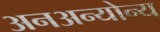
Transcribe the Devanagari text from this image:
अनअन्‍योन्‍य